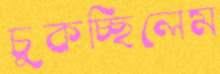
চুকচ্ছিলেম